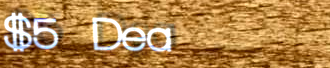
$5 Deal